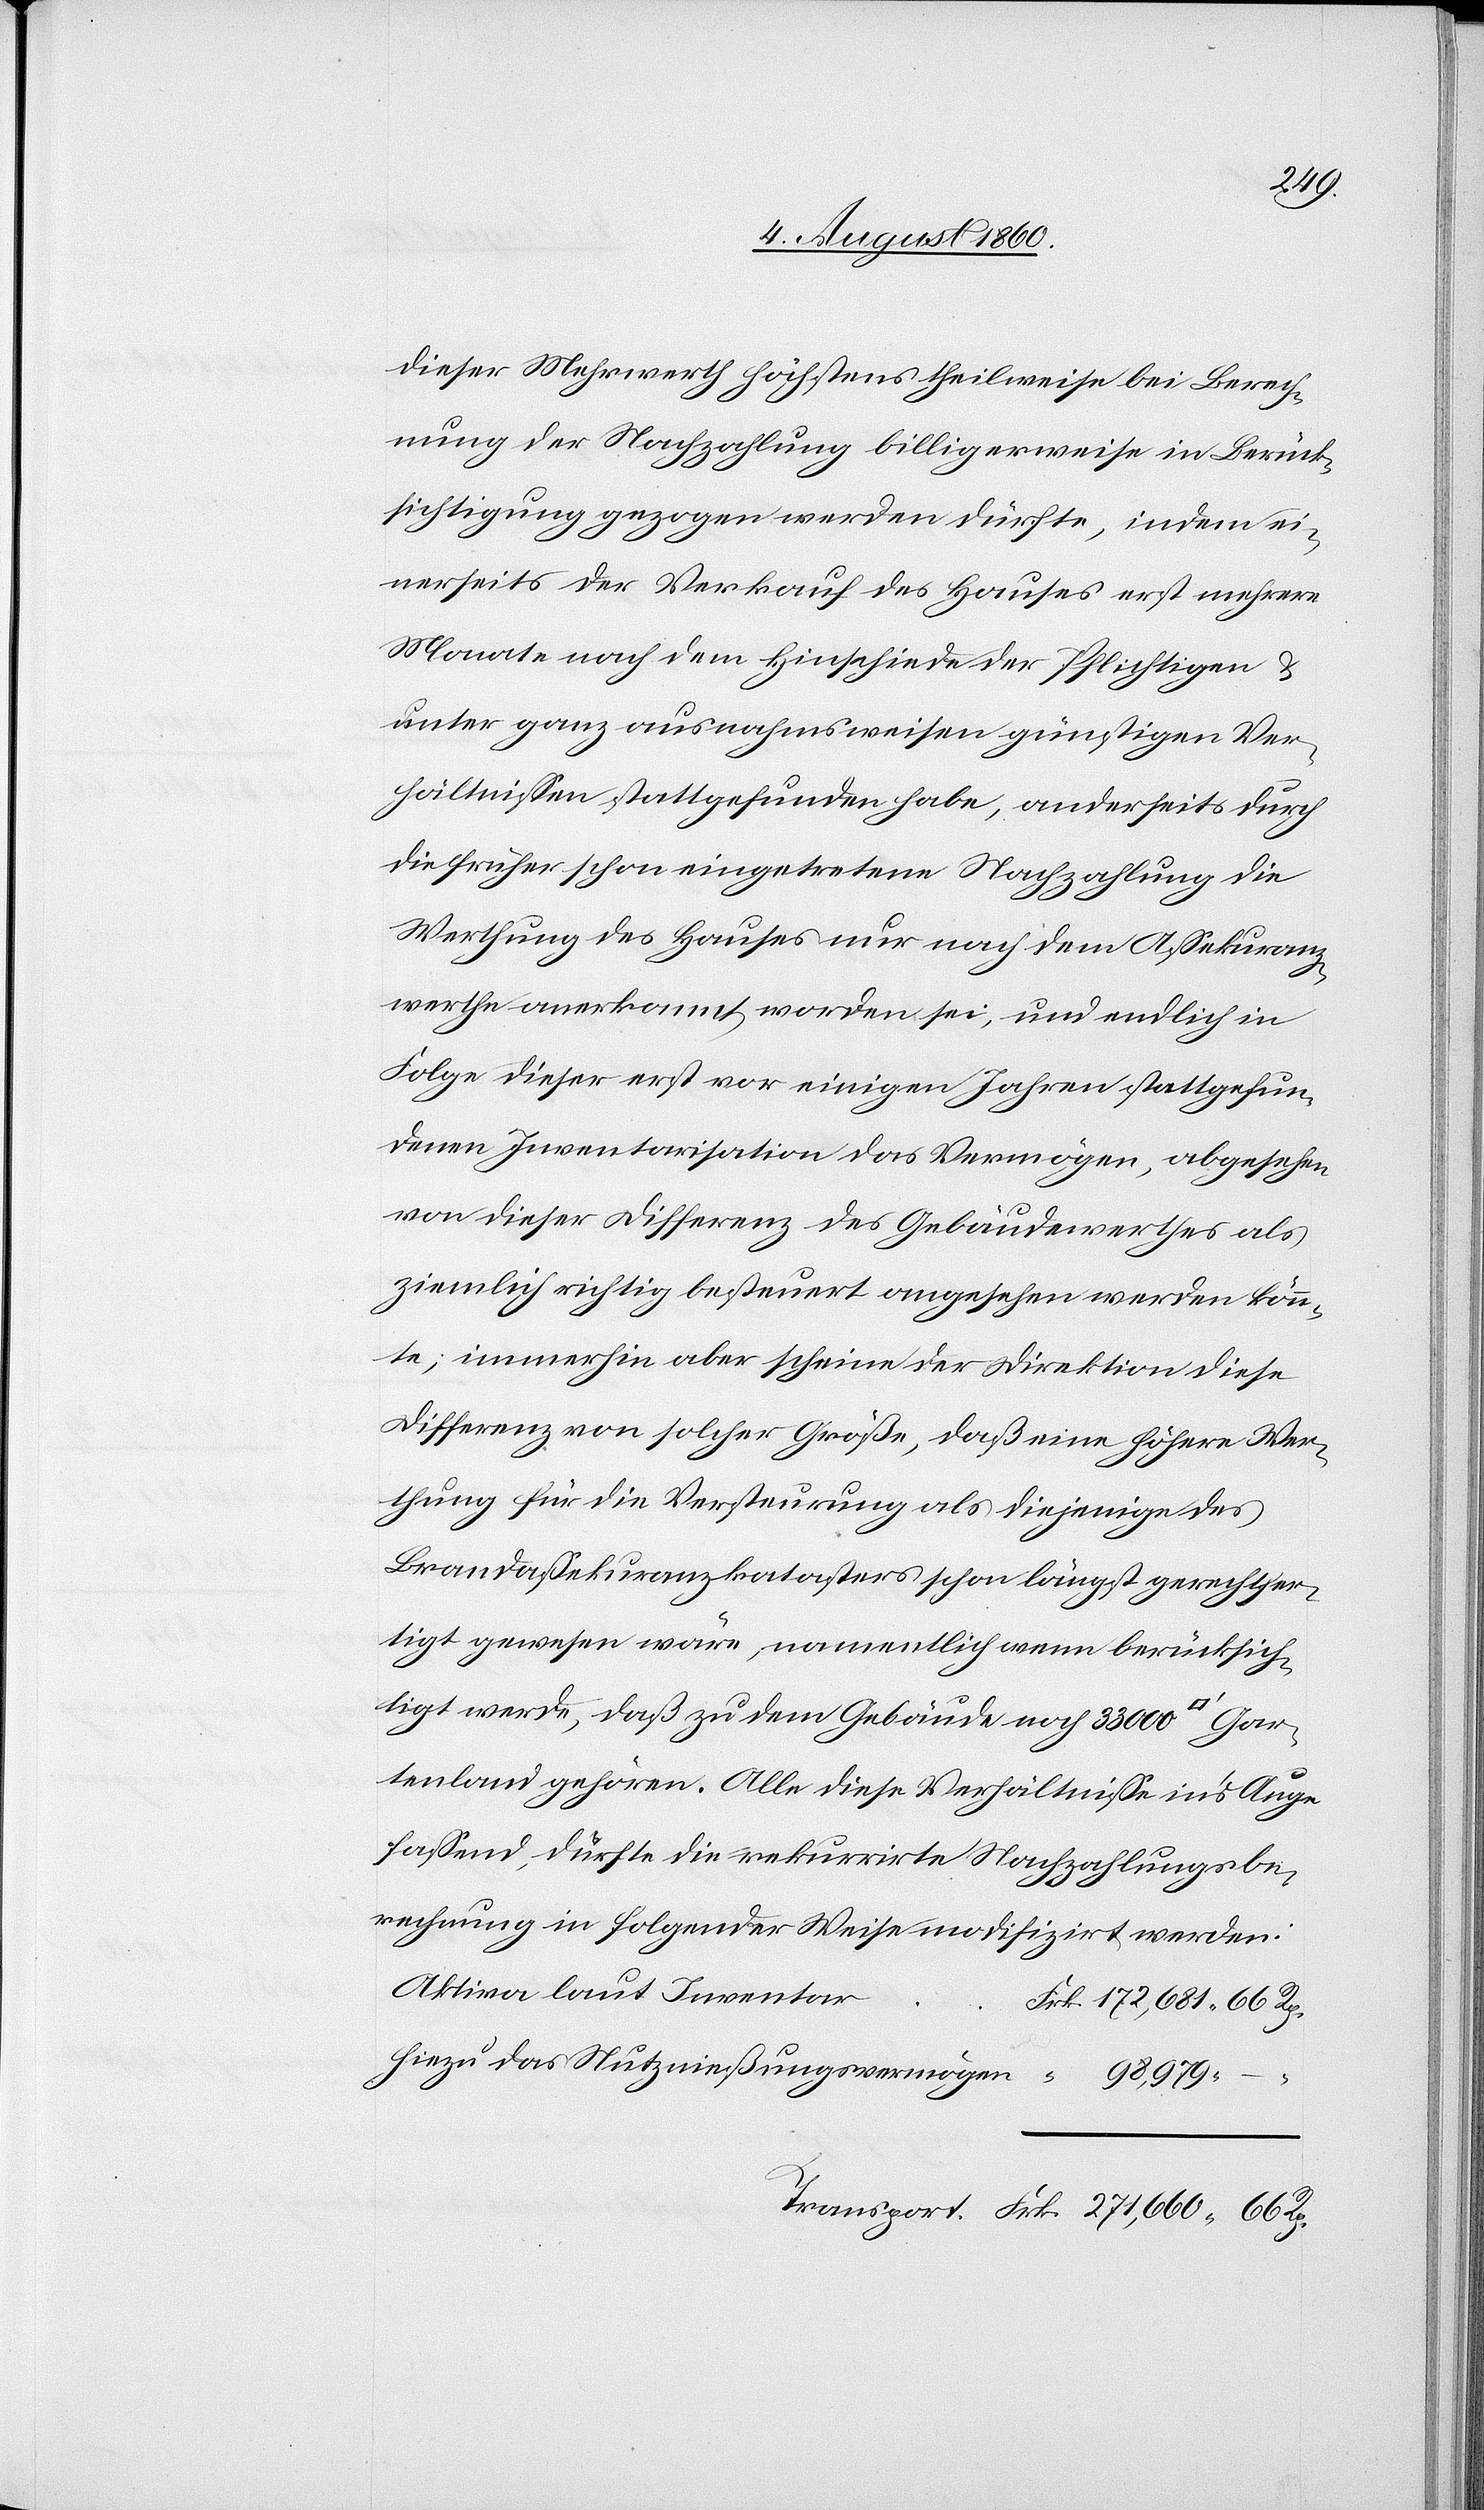
dieser Mehrwerth höchstens theilweise bei Berech¬
nung der Nachzahlung billigerweise in Berück¬
sichtigung gezogen werden dürfe, indem ei¬
nerseits der Verkauf des Hauses erst mehrere
Monate nach dem Hinschiede der Pflichtigen u.
unter ganz ausnahmsweisen günstigen Ver¬
hältnissen stattgefunden habe, anderseits durch
die früher schon eingetretene Nachzahlung die
Werthung des Hauses nur nach dem Assekuranz¬
werthe anerkannt worden sei, und endlich in
Folge dieser erst vor einigen Jahren stattgefun¬
denen Inventarisation das Vermögen, abgesehen
von dieser Differenz des Gebäudewerthes als
ziemlich richtig besteuert angesehen werden könn¬
te, immerhin aber scheine der Direktion diese
Differenz von solcher Grösse, dass eine höhere Wer¬
thung für die Versteurung als diejenige des
Brandassekuranzkatasters schon längst gerechtfer¬
tigt gewesen wäre, namentlich wenn berücksich¬
tigt werde, dass zu dem Gebäude noch 33,000
Gartenland gehören. Alle diese Verhältnisse ins Auge
fassend, dürfte die rekurrirte Nachzahlungsbe¬
rechnung in folgender Weise modifizirt werden:
Aktiva laut Inventar
hiezu das Nutzniessungsvermögen